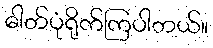
ဓါတ်ပုံရိုက်ကြပါတယ်။